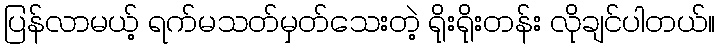
ပြန်လာမယ့် ရက်မသတ်မှတ်သေးတဲ့ ရိုးရိုးတန်း လိုချင်ပါတယ်။